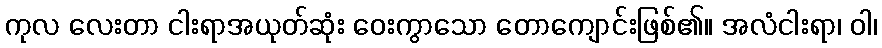
ကုလ လေးတာ ငါးရာအယုတ်ဆုံး ဝေးကွာသော တောကျောင်းဖြစ်၏။ အလံငါးရာ၊ ဝါ၊